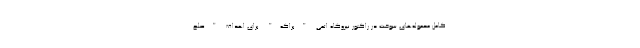
کامل محموله‌های سوخت در راکتور نیروگاه اتمی "براکه" برای اهداف "صلح